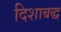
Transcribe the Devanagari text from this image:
दिशाबद्ध